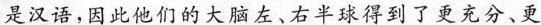
是汉语，因此他们的大脑左右半球得到了更充分、更